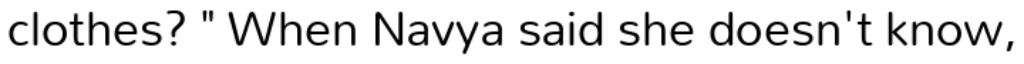
clothes? " When Navya said she doesn't know,